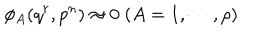
\phi _ { A } ( q ^ { r } , p ^ { n } ) \approx 0 \; ( A = 1 , \cdots , \rho )